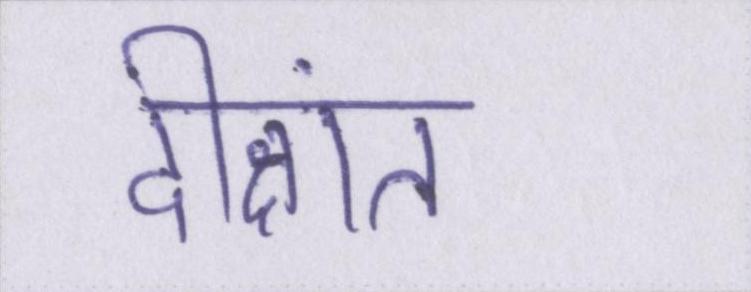
दीक्षांत